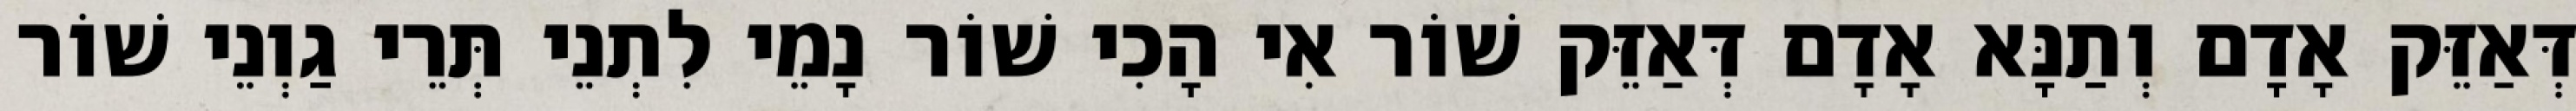
דְּאַזֵּק אָדָם וְתַנָּא אָדָם דְּאַזֵּק שׁוֹר אִי הָכִי שׁוֹר נָמֵי לִתְנֵי תְּרֵי גַוְנֵי שׁוֹר